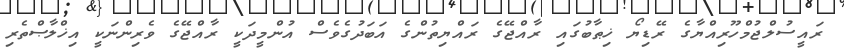
ރައީސުލްޖުމްހޫރިއްޔާގެ ރޭޑިޔޯ ޚިޠާބުގައި ރާއްޖޭގެ ރައްޔިތުންގެ އަބަދުގެވެސް އުންމީދަކީ ރާއްޖޭގެ ވެރިންނަކީ އިޚްލާޞްތެރި